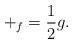
LaTeX: \begin{align*} +_f=\frac{1}{2}g.\end{align*}